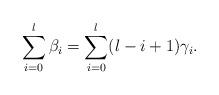
LaTeX: \begin{align*} \sum_{i=0}^l\beta_i=\sum_{i=0}^l(l-i+1)\gamma_i.\end{align*}